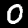
Label: 0